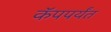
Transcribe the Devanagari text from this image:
कॅपपर्यंत